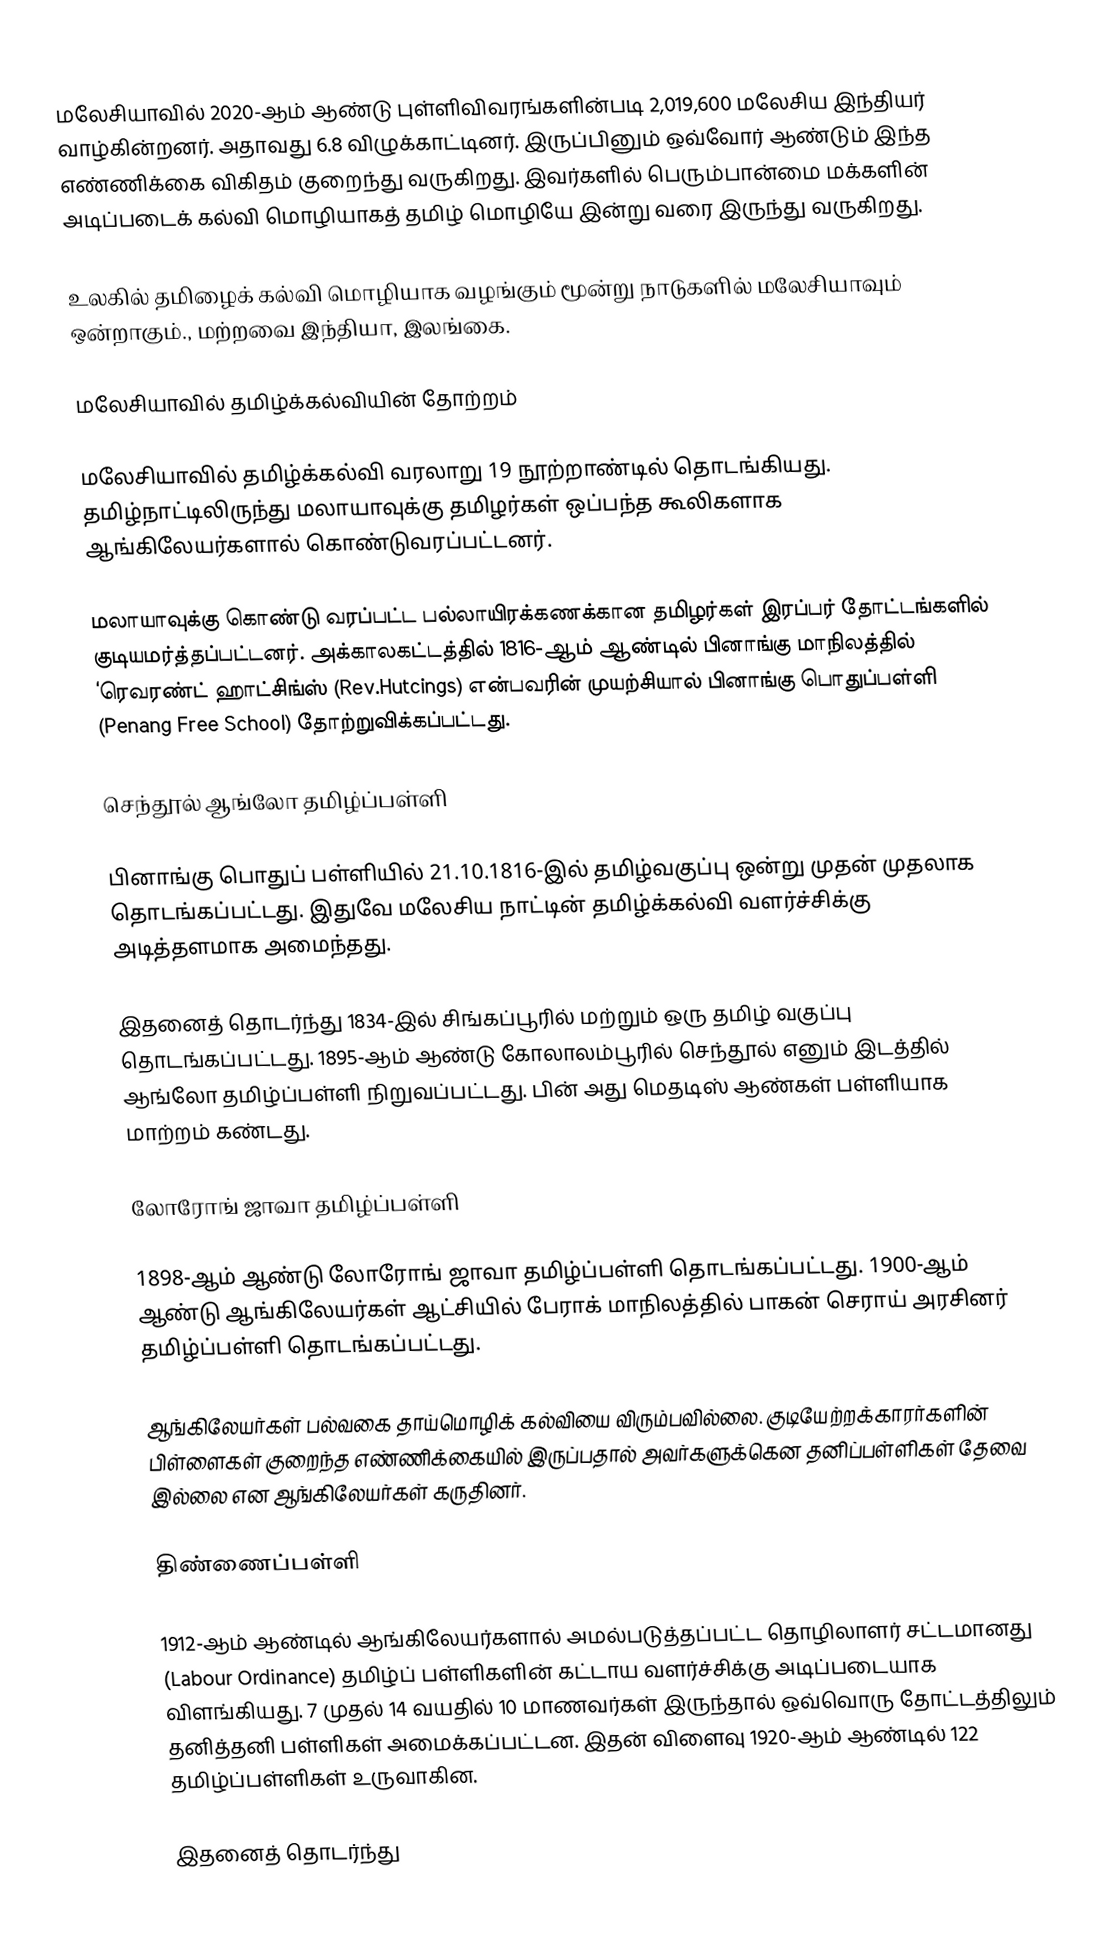
மலேசியாவில் 2020-ஆம் ஆண்டு புள்ளிவிவரங்களின்படி 2,019,600 மலேசிய இந்தியர் வாழ்கின்றனர். அதாவது 6.8 விழுக்காட்டினர். இருப்பினும் ஒவ்வோர் ஆண்டும் இந்த எண்ணிக்கை விகிதம் குறைந்து வருகிறது. இவர்களில் பெரும்பான்மை மக்களின் அடிப்படைக் கல்வி மொழியாகத் தமிழ் மொழியே இன்று வரை இருந்து வருகிறது.

உலகில் தமிழைக் கல்வி மொழியாக வழங்கும் மூன்று நாடுகளில் மலேசியாவும் ஒன்றாகும்., மற்றவை இந்தியா, இலங்கை.

மலேசியாவில் தமிழ்க்கல்வியின் தோற்றம்

மலேசியாவில் தமிழ்க்கல்வி வரலாறு 19 நூற்றாண்டில் தொடங்கியது.  தமிழ்நாட்டிலிருந்து மலாயாவுக்கு தமிழர்கள் ஒப்பந்த கூலிகளாக ஆங்கிலேயர்களால் கொண்டுவரப்பட்டனர்.

மலாயாவுக்கு கொண்டு வரப்பட்ட பல்லாயிரக்கணக்கான தமிழர்கள் இரப்பர் தோட்டங்களில் குடியமர்த்தப்பட்டனர். அக்காலகட்டத்தில் 1816-ஆம் ஆண்டில் பினாங்கு மாநிலத்தில் ‘ரெவரண்ட் ஹாட்சிங்ஸ் (Rev.Hutcings) என்பவரின் முயற்சியால் பினாங்கு பொதுப்பள்ளி (Penang Free School) தோற்றுவிக்கப்பட்டது.

செந்தூல் ஆங்லோ தமிழ்ப்பள்ளி

பினாங்கு பொதுப் பள்ளியில் 21.10.1816-இல் தமிழ்வகுப்பு ஒன்று முதன் முதலாக தொடங்கப்பட்டது. இதுவே மலேசிய நாட்டின் தமிழ்க்கல்வி வளர்ச்சிக்கு அடித்தளமாக அமைந்தது.

இதனைத் தொடர்ந்து 1834-இல் சிங்கப்பூரில் மற்றும் ஒரு தமிழ் வகுப்பு  தொடங்கப்பட்டது. 1895-ஆம்  ஆண்டு கோலாலம்பூரில் செந்தூல் எனும் இடத்தில் ஆங்லோ தமிழ்ப்பள்ளி நிறுவப்பட்டது. பின் அது மெதடிஸ் ஆண்கள் பள்ளியாக மாற்றம்  கண்டது.

லோரோங் ஜாவா தமிழ்ப்பள்ளி

1898-ஆம் ஆண்டு லோரோங் ஜாவா தமிழ்ப்பள்ளி தொடங்கப்பட்டது. 1900-ஆம் ஆண்டு ஆங்கிலேயர்கள் ஆட்சியில் பேராக் மாநிலத்தில் பாகன் செராய் அரசினர் தமிழ்ப்பள்ளி தொடங்கப்பட்டது.

ஆங்கிலேயர்கள் பல்வகை தாய்மொழிக் கல்வியை விரும்பவில்லை. குடியேற்றக்காரர்களின் பிள்ளைகள்  குறைந்த எண்ணிக்கையில் இருப்பதால் அவர்களுக்கென தனிப்பள்ளிகள் தேவை இல்லை என  ஆங்கிலேயர்கள் கருதினர்.

திண்ணைப்பள்ளி

1912-ஆம் ஆண்டில் ஆங்கிலேயர்களால் அமல்படுத்தப்பட்ட  தொழிலாளர் சட்டமானது (Labour Ordinance)   தமிழ்ப் பள்ளிகளின் கட்டாய வளர்ச்சிக்கு அடிப்படையாக விளங்கியது. 7 முதல் 14 வயதில் 10 மாணவர்கள் இருந்தால் ஒவ்வொரு தோட்டத்திலும்  தனித்தனி பள்ளிகள் அமைக்கப்பட்டன. இதன் விளைவு 1920-ஆம் ஆண்டில் 122 தமிழ்ப்பள்ளிகள் உருவாகின.

இதனைத் தொடர்ந்து